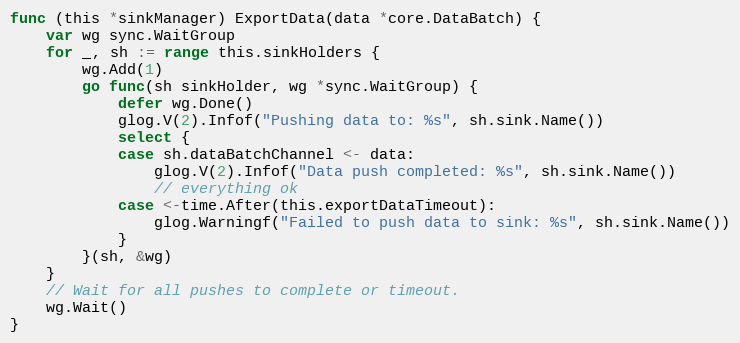
Language: Go
func (this *sinkManager) ExportData(data *core.DataBatch) {
	var wg sync.WaitGroup
	for _, sh := range this.sinkHolders {
		wg.Add(1)
		go func(sh sinkHolder, wg *sync.WaitGroup) {
			defer wg.Done()
			glog.V(2).Infof("Pushing data to: %s", sh.sink.Name())
			select {
			case sh.dataBatchChannel <- data:
				glog.V(2).Infof("Data push completed: %s", sh.sink.Name())
				// everything ok
			case <-time.After(this.exportDataTimeout):
				glog.Warningf("Failed to push data to sink: %s", sh.sink.Name())
			}
		}(sh, &wg)
	}
	// Wait for all pushes to complete or timeout.
	wg.Wait()
}